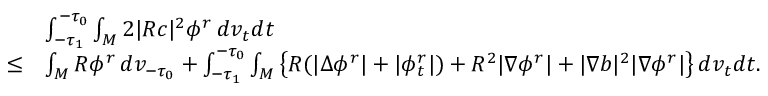
\begin{array} { r l } & { \int _ { - \tau _ { 1 } } ^ { - \tau _ { 0 } } \int _ { M } 2 | R c | ^ { 2 } \phi ^ { r } \, d v _ { t } d t } \\ { \le } & { \int _ { M } R \phi ^ { r } \, d v _ { - \tau _ { 0 } } + \int _ { - \tau _ { 1 } } ^ { - \tau _ { 0 } } \int _ { M } \left\{ R ( | \Delta \phi ^ { r } | + | \phi _ { t } ^ { r } | ) + R ^ { 2 } | \nabla \phi ^ { r } | + | \nabla b | ^ { 2 } | \nabla \phi ^ { r } | \right\} d v _ { t } d t . } \end{array}